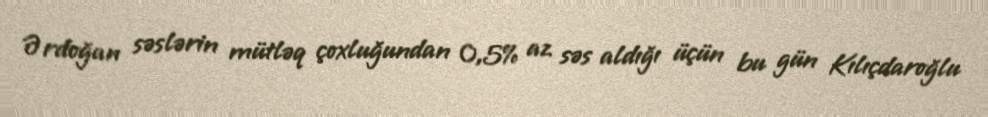
Ərdoğan səslərin mütləq çoxluğundan 0,5% az səs aldığı üçün bu gün Kılıçdaroğlu